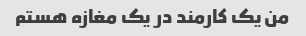
من یک کارمند در یک مغازه هستم